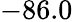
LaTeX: -86.0